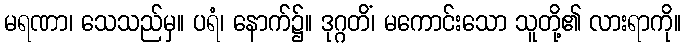
မရဏာ၊ သေသည်မှ။ ပရံ၊ နောက်၌။ ဒုဂ္ဂတိံ၊ မကောင်းသော သူတို့၏ လားရာကို။